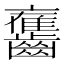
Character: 𪙯